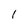
Character: I